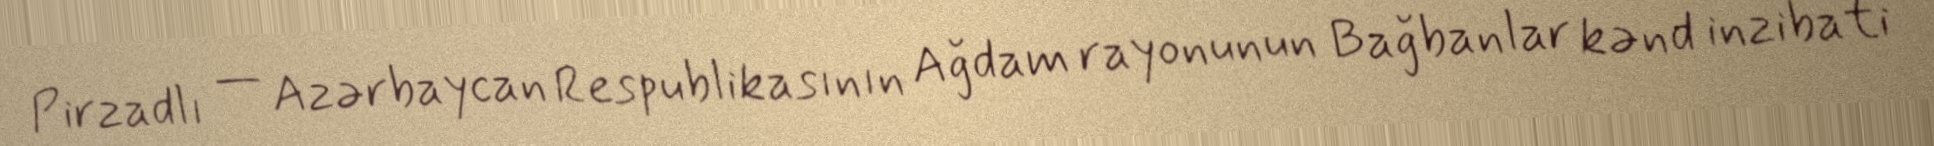
Pirzadlı — Azərbaycan Respublikasının Ağdam rayonunun Bağbanlar kənd inzibati